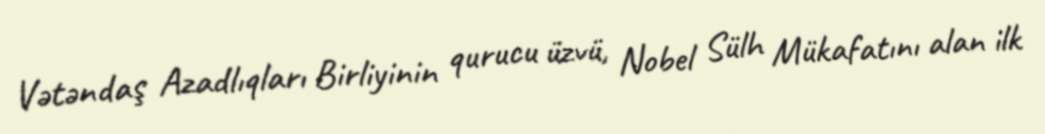
Vətəndaş Azadlıqları Birliyinin qurucu üzvü, Nobel Sülh Mükafatını alan ilk